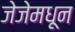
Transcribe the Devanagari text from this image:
जेजेमधून